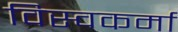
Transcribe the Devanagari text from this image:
विस्वकर्मा